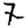
Digit: 7